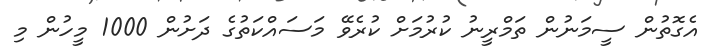
އެގޮތުން ސީމަނުން ތަމްރީނު ކުރުމަށް ކުރެވޭ މަސައްކަތުގެ ދަށުން 1000 މީހުން މި